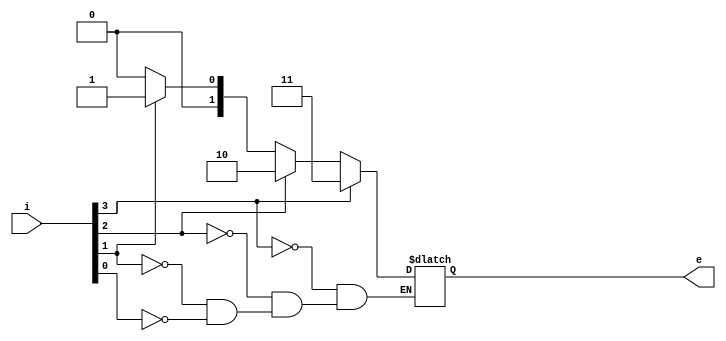
module encoder_4to2_if(i, e);
	input [3:0] i;
	output [1:0] e;
	reg [1:0] e;
	
	always @(*) begin
	if (i[0]) e = 2'b00;
	if (i[1]) e = 2'b01;
	if (i[2]) e = 2'b10;
	if (i[3]) e = 2'b11;
	end
endmodule